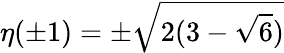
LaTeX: \eta(\pm 1)=\pm\sqrt{2(3-\sqrt{6})}